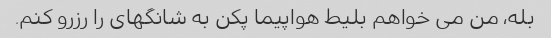
بله، من می خواهم بلیط هواپیما پکن به شانگهای را رزرو کنم.